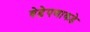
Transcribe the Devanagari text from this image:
वेडेपणाकडे